Vaccination in Bombay 1889-1901 - 1889-1901
Year: 1889
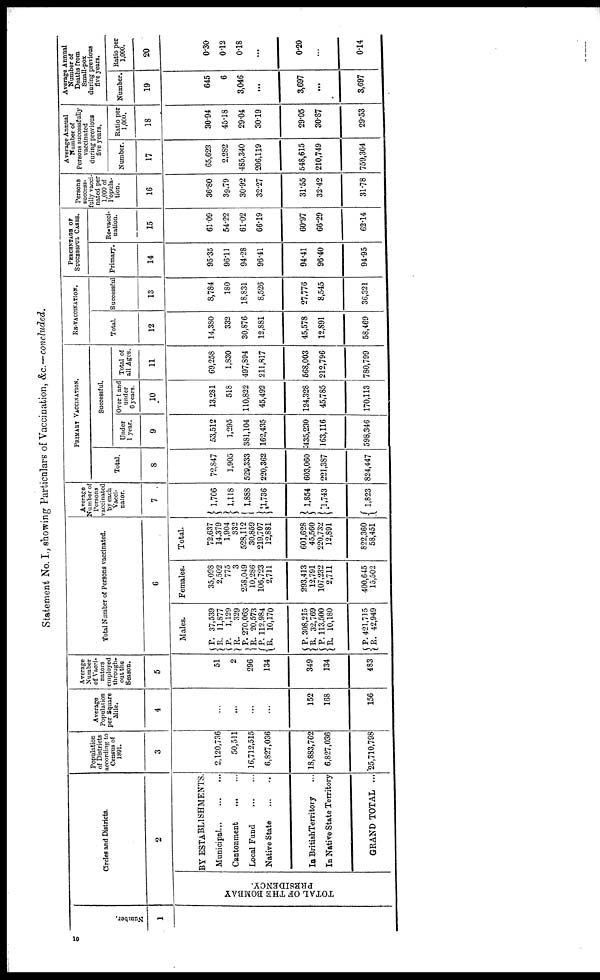
Statement No. I., showing Particulars of Vaccination, &c.—concluded.
Number.
1
Circles and Districts.
2
TOTAL OF THE BOMBAY
PRESIDENCY.
BY ESTABLISHMENTS.
Municipal ... ... ...
Cantonment
...
...
Local Fund
...
...
Native State
...
...
In BritishTerritory ...
In Native State Territory
GRAND TOTAL ...
Population
of Districts
according to
Census of
1891.
3
2,120,736
50,511
16,712,515
6,827,036
18,883,762
6,827,036
25,710,798
Average
Population
per Square
Mile.
4
...
...
...
...
152
168
156
Average
Number
of Vacci-
nators
employed
through-
out the
Season.
5
51
2
296
134
349
134
483
Total Number of Persons vaccinated.
6
Males.
P. R.
P.
R.
P.
R.
P.
R.
P.
R. P.
R.
P.
R.
37,539
11,877
1,129
329
270,063
20,573
112,984
10,170
308,215
32,769
113,500
10,180
421,715
42,949
Females.
35,098
2,502
775
3
258,049
10,286
106,723
2,711
293,413
12,791
107,232
2,711
400,645
15,502
Total.
72,637
14,379
1,904
332
528,112
30,859
219,707
12,881
601,628
45,560
220,732
12,891
822,360
58,451
Average
Number of
Persons
vaccinated
by each
Vacci-
nator.
7
1,706
1,118
1,888
1,736
1,854
1,743
1,823
PRIMARY VACCINATION.
Total.
8
72,847
1,905
529,333
220,362
603,060
221,387
824,447
Successful.
Under
1 year.
9
53,512
1,295
381,104
162,435
435,230
163,116
598,346
Over 1 and
under
6 years.
10
13,281
518
110,822
45,492
124,328
45,785
170,113
Total of
all Ages.
11
69,258
1,830
497,894
211,817
568,003
212,796
780,799
RE-VACCINATION.
Total.
12
14,380
332
30,876
12,881
45,578
12,891
58,469
Successful
13
8,784
180
18,831
8,526
27,776
8,545
36,321
PERCENTAGE OF
SUCCESSFUL CASES.
Primary.
14
95.35
96.11
94.28
96.41
94.41
96.40
94.95
Re-vacci-
nation.
15
61.09
54.22
61.02
66.19
60.97
66.29
62.14
Persons
success-
fully vacci-
nated per
1,000 of
Popula-
tion.
16
36.80
39.79
30.92
32.27
31.55
32.42
31.78
Average Annual
If Number of
Peraons successfully
vaccinated
during previous
five years.
Number.
17
65,623
2,282
485,340
206,119
548,615
210,749
759,364
Ratio per
1,000.
18
30.94
45.18
29.04
30.19
29.05
30.87
29.53
Average Annual
Number of
Deaths from
Small-pox
during previous
five years.
Number.
19
645
6
3,046
...
3,697
...
3,697
Ratio per
1,000.
20
0.30
0.12
0.18
...
0.20
...
0.14
10